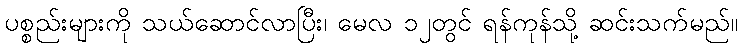
ပစ္စည်းများကို သယ်ဆောင်လာပြီး၊ မေလ ၁၂တွင် ရန်ကုန်သို့ ဆင်းသက်မည်။